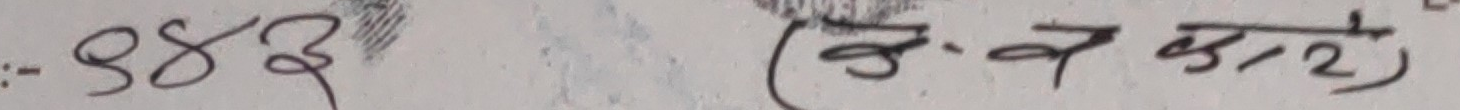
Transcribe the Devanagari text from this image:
:- ९४३ (वर्ग कटे)